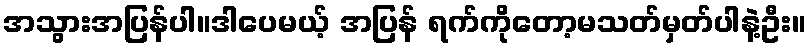
အသွားအပြန်ပါ။ဒါပေမယ့် အပြန် ရက်ကိုတော့မသတ်မှတ်ပါနဲ့ဦး။